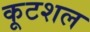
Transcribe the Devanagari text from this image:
कूटशल